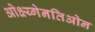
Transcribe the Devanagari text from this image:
ओक्ष्य्गेनतिओन